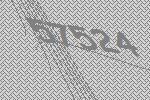
57524